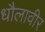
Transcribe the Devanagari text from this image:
धौलावीर